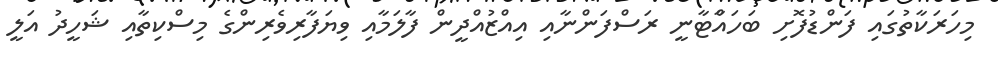
މިހަރަކާތުގައި ފަންޑުފޮށި ބަހައްާޓާނީ ރަސްފަންނާއި އިއްޒުއްދީން ފާލަމާއި ވިޔަފާރިވެރިންގެ މިސްކިތާއި ޝަހީދު އަލީ